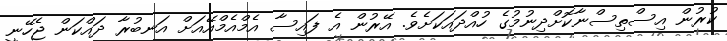
ކުރުން އިސްތިސްނާކޮށްދިނުމުގެ ހުއްދައަކަށެވެ. އޭރުން އެ ފައިސާ އެމްއެމްއޭއަށް އަނބުރާ ދައްކަން ޖެހޭނީ